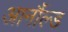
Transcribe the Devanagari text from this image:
आर्नौल्ड